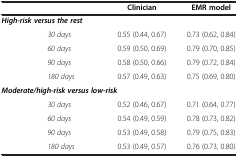
|  |  | Clinician | EMR model |
 | --- | --- | --- | --- |
 | <COLSPAN=2> High-risk versus the rest |  |  |
 |  | 30 days | 0.55 (0.44, 0.67) | 0.73 (0.62, 0.84) |
 |  | 60 days | 0.59 (0.50, 0.69) | 0.79 (0.70, 0.85) |
 |  | 90 days | 0.58 (0.50, 0.66) | 0.79 (0.72, 0.84) |
 |  | 180 days | 0.57 (0.49, 0.63) | 0.75 (0.69, 0.80) |
 | <COLSPAN=3> Moderate/high-risk versus low-risk |  |
 |  | 30 days | 0.52 (0.46, 0.67) | 0.71 (0.64, 0.77) |
 |  | 60 days | 0.54 (0.49, 0.59) | 0.78 (0.73, 0.82) |
 |  | 90 days | 0.53 (0.49, 0.58) | 0.79 (0.75, 0.83) |
 |  | 180 days | 0.53 (0.49, 0.57) | 0.76 (0.73, 0.80) |